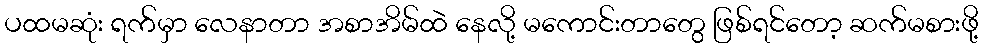
ပထမဆုံး ရက်မှာ လေနာတာ အစာအိမ်ထဲ နေလို့ မကောင်းတာတွေ ဖြစ်ရင်တော့ ဆက်မစားဖို့